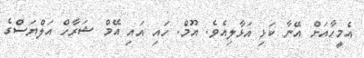
އެމީހާއަށް އޭނާ ކަޅި އަޅާލިއެވެ. އޫމް. ހައި އައި އޭމް ޝަރާހް އަލްޔަސްގެ